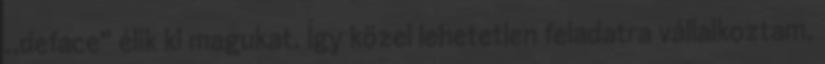
,,deface" élik ki magukat. Így közel lehetetlen feladatra vállalkoztam,